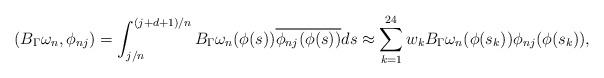
LaTeX: \begin{align*} (B_\Gamma \omega _n, \phi _{nj})=\int_{j/n}^{(j+d+1)/n} B_\Gamma\omega _n(\phi (s)) \overline{\phi _{nj}(\phi (s))}ds\approx\sum_{k=1}^{24}w_kB_\Gamma \omega _n(\phi (s_k)) \phi _{nj}(\phi(s_k)), \end{align*}